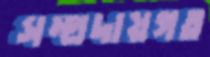
সম্প্রদায়গত